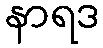
နာရဒ